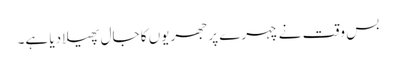
بس وقت نے چہرے پر جھریوں کا جال پھیلا دیا ہے۔